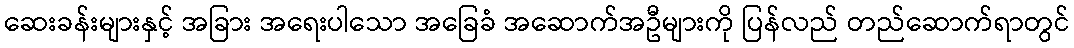
ဆေးခန်းများနှင့် အခြား အရေးပါသော အခြေခံ အဆောက်အဦများကို ပြန်လည် တည်ဆောက်ရာတွင်